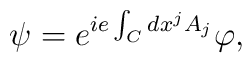
\psi = e^{ie\int_C dx^j A_j} \varphi,